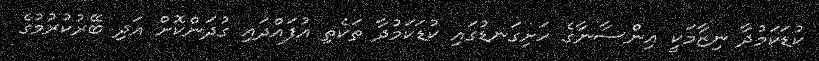
ކުޑަކަމުދާ ނިޒާމަކީ އިންސާނާގެ ހަށިގަނޑުގައި ކުޑަކަމުދާ ތަކެތި އުފައްދައި ގުދަންކޮށް އަދި ބޭރުކުރުމުގެ